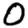
Digit: 0